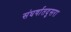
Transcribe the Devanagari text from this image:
संघर्षातदुसरा